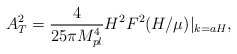
\begin{align*}A_T^2 = \frac{4}{25 \pi M_{pl}^4} H^2 F^2(H/\mu)|_{k=aH},\end{align*}